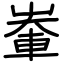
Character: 輋